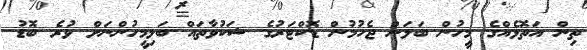
ތިން އަތޮޅެއްގެ މީހުން ބަލަން ޖެހުމުން ޑޮކްޓަރުގެ ޝަކުވާތައް ބަލިމީހުންނަށް ވުރެ ބޮޑު